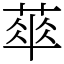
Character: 𦶎